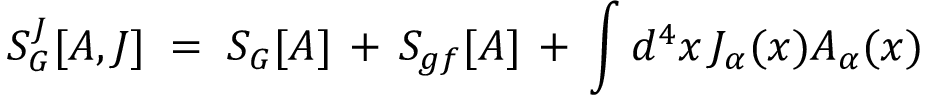
S _ { G } ^ { J } [ A , J ] \; = \; S _ { G } [ A ] \, + \, S _ { g f } [ A ] \, + \, \int d ^ { 4 } x \, J _ { \alpha } ( x ) A _ { \alpha } ( x ) \,